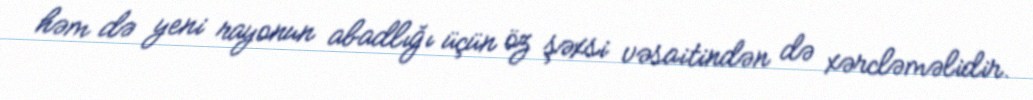
həm də yeni rayonun abadlığı üçün öz şəxsi vəsaitindən də xərcləməlidir.